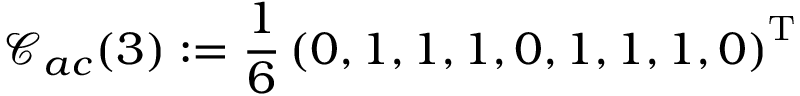
\mathcal { C } _ { a c } ( 3 ) : = \frac { 1 } { 6 } \left( 0 , 1 , 1 , 1 , 0 , 1 , 1 , 1 , 0 \right) ^ { \mathrm { T } }